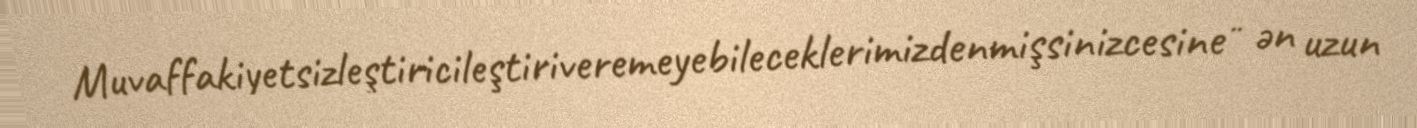
Muvaffakiyetsizleştiricileştiriveremeyebileceklerimizdenmişsinizcesine" ən uzun